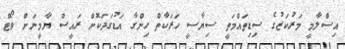
އިސްލާމީ މަރުކަޒުގެ ސިޑިތައްމަތީ ސިޔާސީ ހަރަކާތް ހިންގާ އަޑުގަދަކޮށް ރައީސް ޔާމީނަށް ވޯޓް